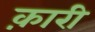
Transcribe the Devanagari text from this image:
क़ारी